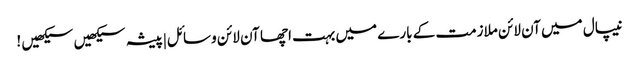
نیپال میں آن لائن ملازمت کے بارے میں بہت اچھا آن لائن وسائل|پیشہ سیکھیں سیکھیں !